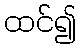
ထင်၍